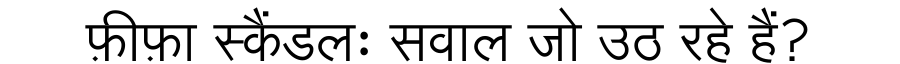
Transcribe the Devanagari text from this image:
फ़ीफ़ा स्कैंडलः सवाल जो उठ रहे हैं?